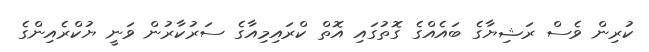
ކުރިން ވެސް ރަޝިޔާގެ ބައެއްގެ ގޮތުގައި އޮތް ކްރައިމިއާގެ ސަރުކާރުން ވަނީ ޔުކްރެެެއިންގެ